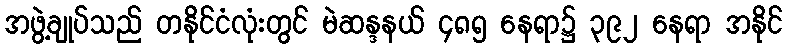
အဖွဲ့ချုပ်သည် တနိုင်ငံလုံးတွင် မဲဆန္ဒနယ် ၄၈၅ နေရာ၌ ၃၉၂ နေရာ အနိုင်